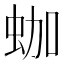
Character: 𧊀